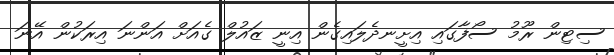
ސިޓިން ރޫމު ސޯފާގައި އިށީނދެލައިގެން އިނީ ޒައުލް ގެއަށް އަންނަ އިރަކުން އޭނަ